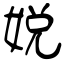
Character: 娧